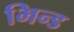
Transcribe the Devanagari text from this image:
भिन्ड